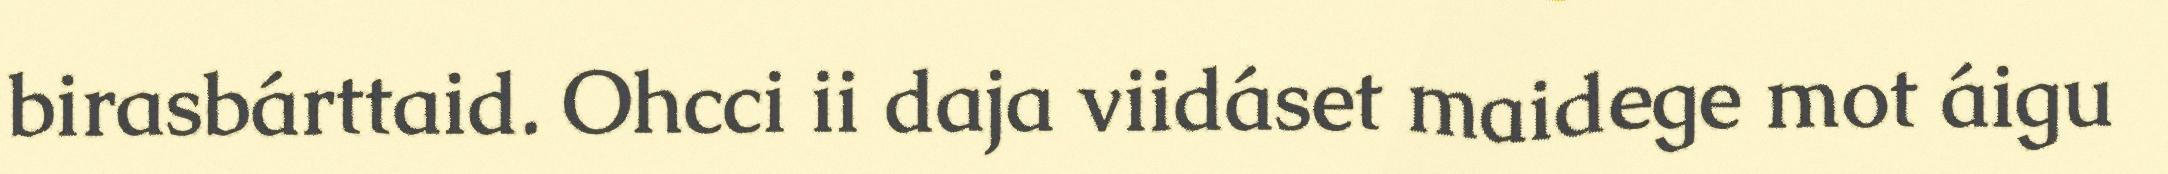
birasbárttaid. Ohcci ii daja viidáset maidege mot áigu